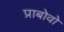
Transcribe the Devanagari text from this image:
प्राबोवो